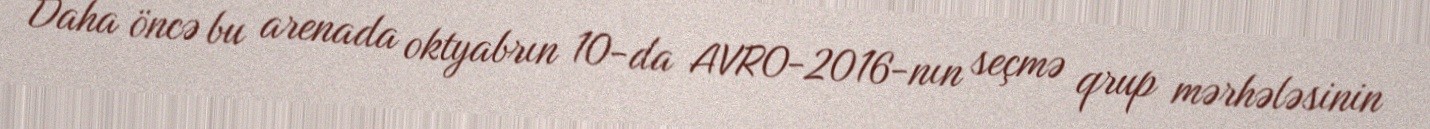
Daha öncə bu arenada oktyabrın 10-da AVRO-2016-nın seçmə qrup mərhələsinin